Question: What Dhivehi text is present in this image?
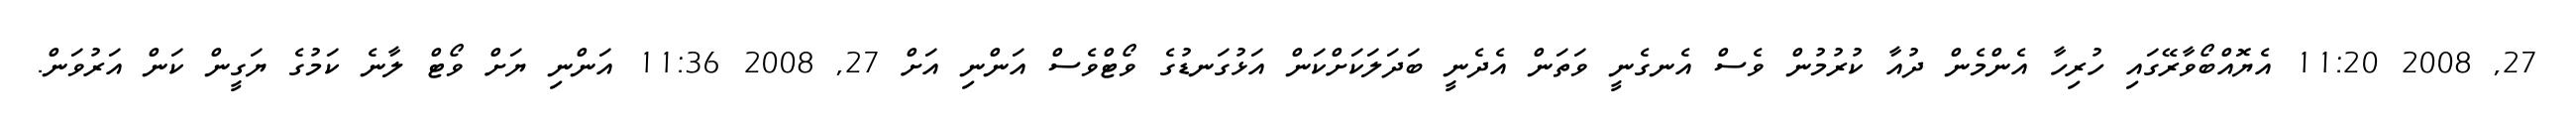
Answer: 27, 2008 11:20 އެޔޮއްބޯވާރޭގައި ހުރިހާ އެންމެން ދުއާ ކުރުމުން ވެސް އެނގެނީ ވަތަން އެދެނީ ބަދަލަކަށްކަން އަޅުގަނޑުގެ ވޯޓްވެސް އަންނި އަށް 27, 2008 11:36 އަންނި ޔަށް ވޯޓް ލާނެ ކަމުގެ ޔަގީން ކަން އަރުވަން.